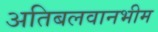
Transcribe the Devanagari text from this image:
अतिबलवानभीम